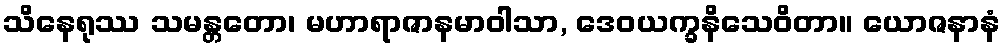
သိနေရုဿ သမန္တတော၊ မဟာရာဇာနမာဝါသာ, ဒေဝယက္ခနိသေဝိတာ။ ယောဇနာနံ